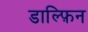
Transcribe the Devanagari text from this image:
डाल्फ़िन